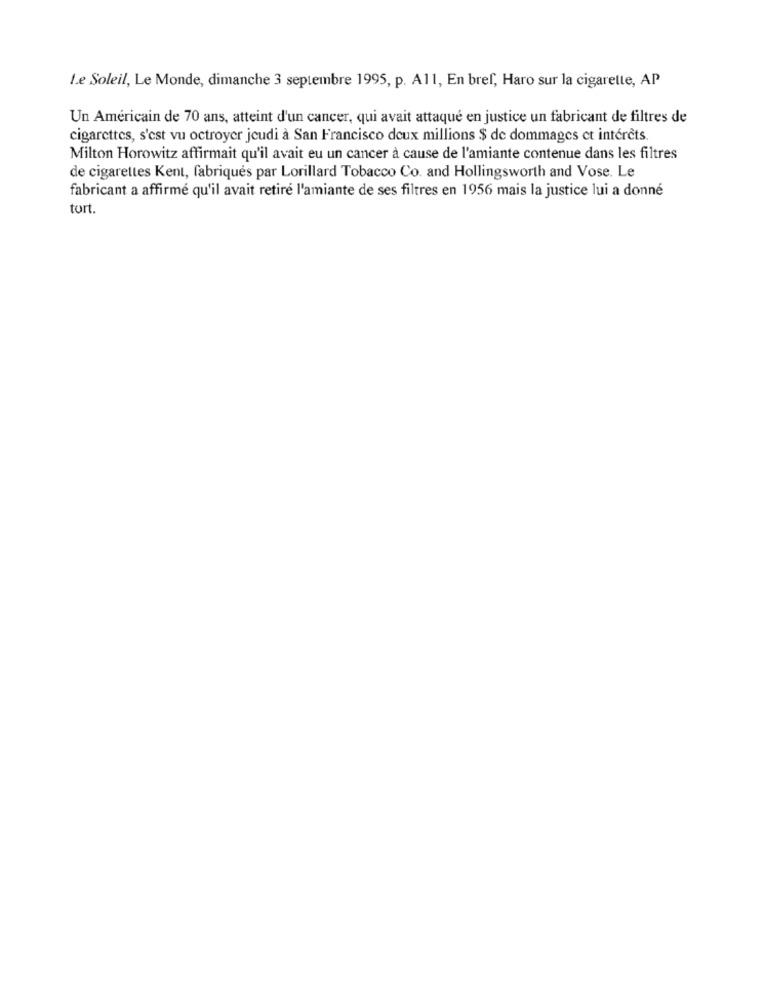
Le Soleil, Le Monde, dimanche 3 septembre 1995, p. A11, En bref, Haro sur la cigarette, AP
Un Américain de 70 ans, atteint d'un cancer, qui avait attaqué en justice un fabricant de filtres de
cigarettes, s'est vu octroyer jeudi à San Francisco deux millions $ de dommages et intérêts
Milton Horowitz affirmait qu'il avait eu un cancer à cause de l'amiante contenue dans les filtres
de cigarettes Kent, fabriqués par Lorillard Tobacco Co. and Hollingsworth and Vose. Le
fabricant a affirmé qu'il avait retiré l'amiante de ses filtres en 1956 mais la justice lui a donné
tort.